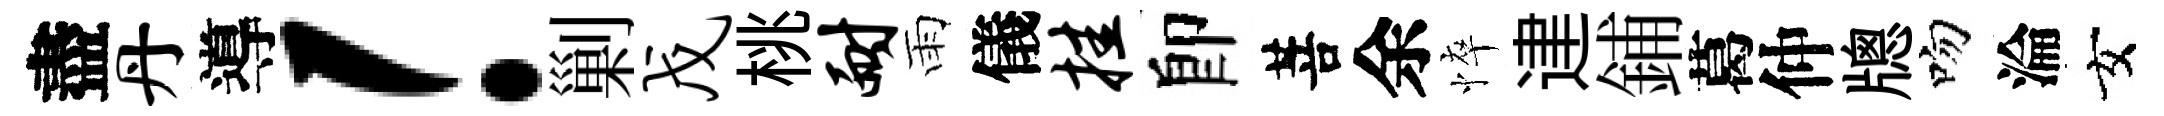
盡丹導！剿戊桃耐雨儀挂卽菩余悴䢖鋪葛仲牕吻淪女